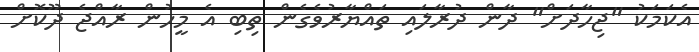
އެކަމަކު "ޖިހާދަށް" ދާން ދުރާލައި ތައްޔާރުވެގެން ތިބި އެ މީހުން ރާއްޖެ ދޫކޮށް